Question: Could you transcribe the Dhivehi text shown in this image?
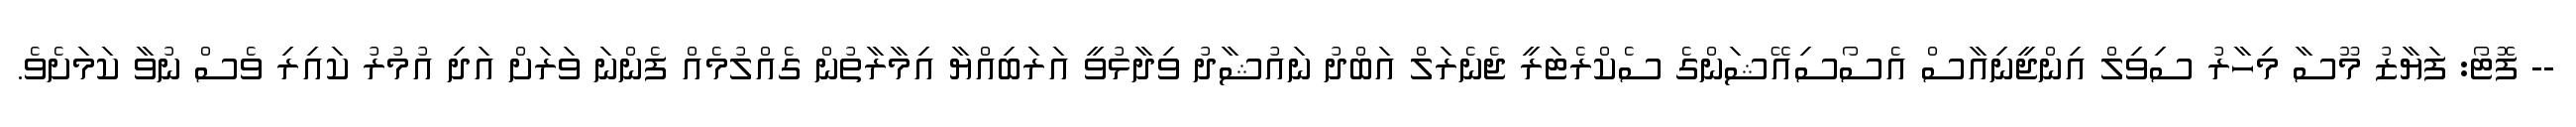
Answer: -- ފޮޓޯ: ފަޔާޒު މޫސާ މިހާރު ސިވިލް އިންޖީނިއާސް އެސޯސިއޭޝަންގެ ސެކްރެޓަރީ ޖެނެރަލް އަބްދު ނައުޝާދު ވިދާޅުވީ އަރަބިއްޔާ އިމާރާތުން ގެއްލުމެއް ފެންނަ ވަރަށް އަދި އުމުރު ކައިރި ވެސް ނުވާ ކަމަށެވެ.